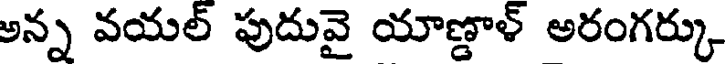
అన్న వయల్ పుదువై యాణ్డాళ్ అరంగర్కు